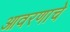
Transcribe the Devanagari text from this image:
आवरणाचे